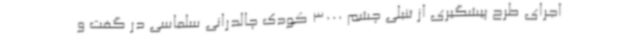
اجرای طرح پیشگیری از تنبلی چشم 3000 کودک چالدرانی سلماسی در گفت و